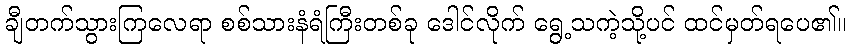
ချီတက်သွားကြလေရာ စစ်သားနံရံကြီးတစ်ခု ဒေါင်လိုက် ရွေ့သကဲ့သို့ပင် ထင်မှတ်ရပေ၏။